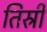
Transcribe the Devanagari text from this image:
तिस्री